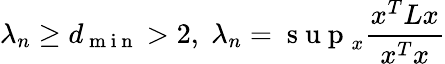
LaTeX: \lambda_{n}\geq d_{\mathrm{~m~i~n~}}>2,\; \lambda_{n}=\mathrm{~s~u~p~}_{x}\frac{x^{T}Lx}{x^{T}x}